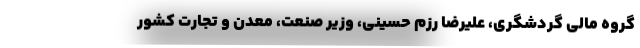
گروه مالی گردشگری، علیرضا رزم حسینی، وزیر صنعت، معدن و تجارت کشور